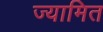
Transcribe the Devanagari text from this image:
ज्यामित